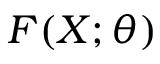
F ( X ; \theta )